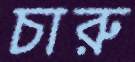
চারু